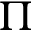
\Pi